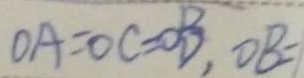
O A = O C = O B , O B =